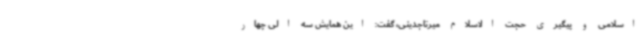
اسلامی و پیگیری حجت الاسلام میرتاجدینی، گفت: این همایش سه الی چهار